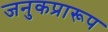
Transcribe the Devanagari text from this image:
जनुकप्रारूप